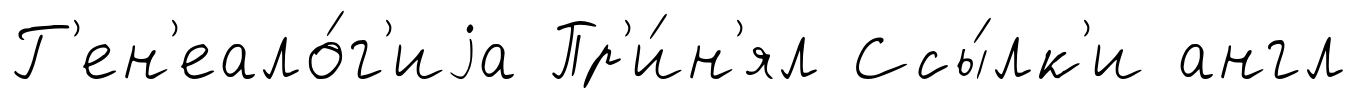
Г'ен'еало́г'иjа Пр'и́н'ял Ссы́лк'и англ